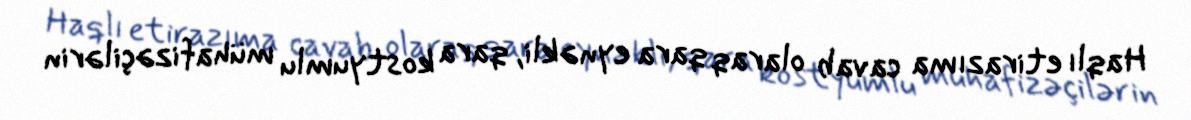
Haqlı etirazıma cavab olaraq qara eynəkli, qara kostyumlu mühafizəçilərin